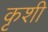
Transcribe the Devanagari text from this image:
कृशी